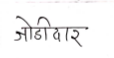
मजकूर: जोडीदार